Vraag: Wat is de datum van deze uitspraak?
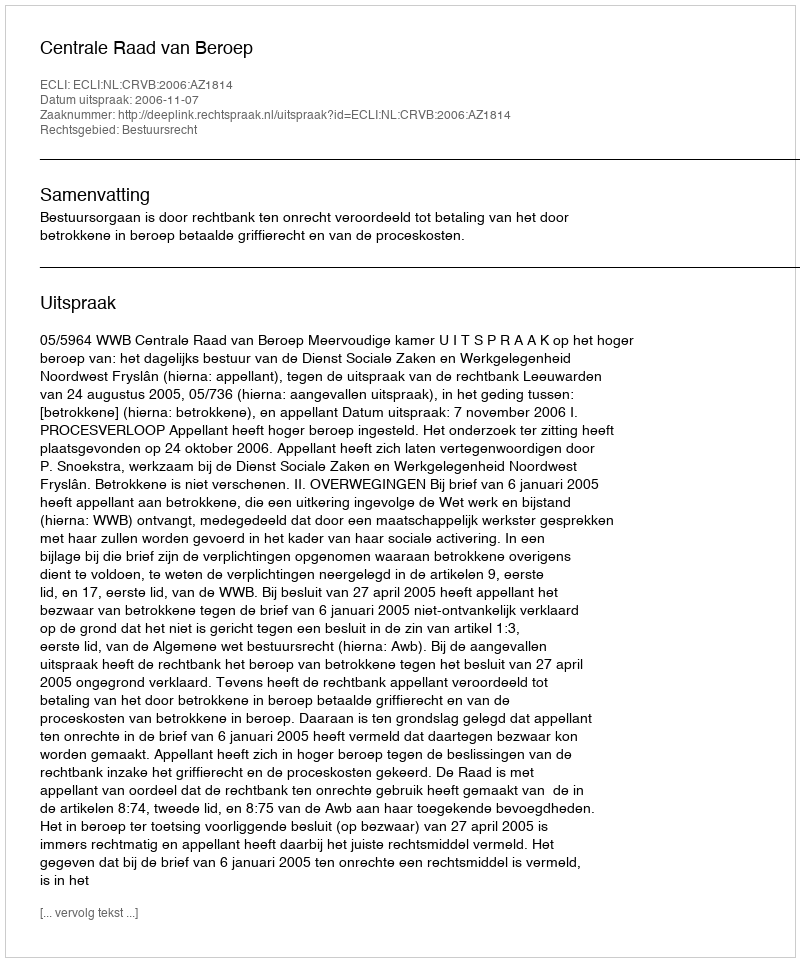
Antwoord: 2006-11-07